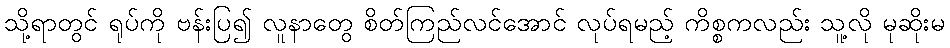
သို့ရာတွင် ရုပ်ကို ဗန်းပြ၍ လူနာတွေ စိတ်ကြည်လင်အောင် လုပ်ရမည့် ကိစ္စကလည်း သူ့လို မုဆိုးမ